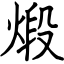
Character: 煅